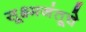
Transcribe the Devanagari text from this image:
सूक्ष्मजंतूचे